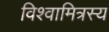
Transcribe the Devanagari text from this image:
विश्वामित्रस्य